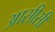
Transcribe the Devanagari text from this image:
आसीसी